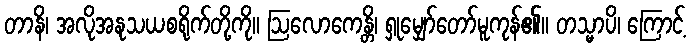
တာနိ၊ အလိုအနုသယစရိုက်တို့ကို။ ဩလောကေန္တိ၊ ရှုမျှော်တော်မူကုန်၏။ တသ္မာပိ၊ ကြောင့်